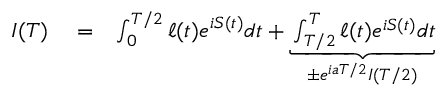
\begin{array} { r l r } { I ( T ) } & { { } = } & { \int _ { 0 } ^ { T / 2 } \ell ( t ) e ^ { i S ( t ) } d t + \underbrace { \int _ { T / 2 } ^ { T } \ell ( t ) e ^ { i S ( t ) } d t } _ { \pm e ^ { i a T / 2 } I ( T / 2 ) } } \end{array}